Lunatic asylums Central Provinces reports 1895-1909 - 1895-1909
Year: 1895
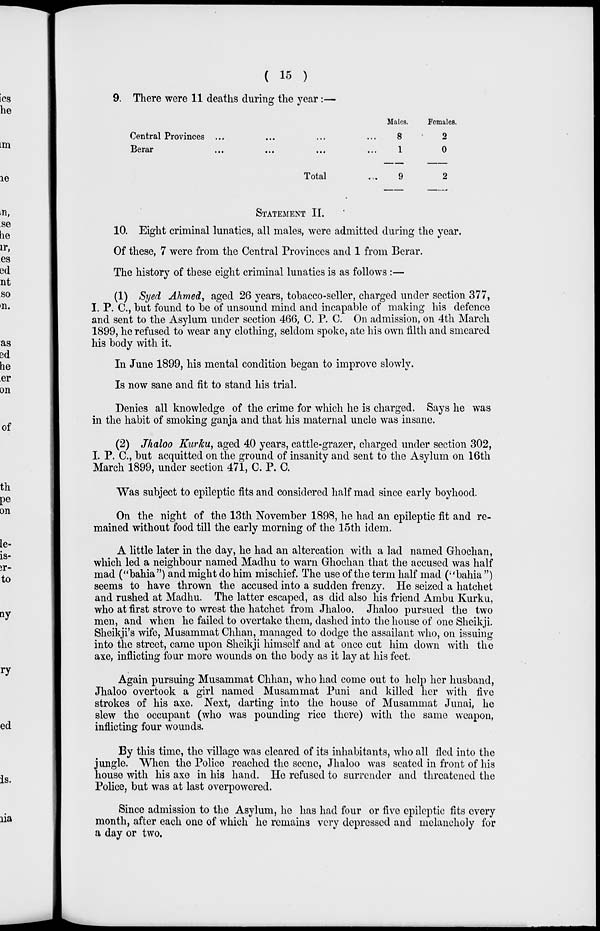
( 15 )
9. There were 11 deaths during the year:—
Central Provinces ... ... ... ...
Berar ... ... ... ...
Total ...
Males.
8
1
9
Females.
2
0
2
STATEMENT II.
10. Eight criminal lunatics, all males, were admitted during the year.
Of these, 7 were from the Central Provinces and 1 from Berar.
The history of these eight criminal lunatics is as follows :—
(1) Syed Ahmed, aged 26 years, tobacco-seller, charged under section 377,
I. P. C., but found to be of unsound mind and incapable of making his defence
and sent to the Asylum under section 466, C. P. C. On admission, on 4th March
1899, he refused to wear any clothing, seldom spoke, ate his own filth and smeared
his body with it.
In June 1899, his mental condition began to improve slowly.
Is now sane and fit to stand his trial.
Denies all knowledge of the crime for which he is charged. Says he was
in the habit of smoking ganja and that his maternal uncle was insane.
(2) Jhaloo Kurku, aged 40 years, cattle-grazer, charged under section 302,
I. P. C., but acquitted on the ground of insanity and sent to the Asylum on 16th
March 1899, under section 471, C. P. C.
Was subject to epileptic fits and considered half mad since early boyhood.
On the night of the 13th November 1898, he had an epileptic fit and re-
mained without food till the early morning of the 15th idem.
A little later in the day, he had an altercation with a lad named Ghochan,
which led a neighbour named Madhu to warn Ghochan that the accused was half
mad ("bahia ") and might do him mischief. The use of the term half mad ("bahia ")
seems to have thrown the accused into a sudden frenzy. He seized a hatchet
and rushed at Madhu. The latter escaped, as did also his friend Ambu Kurku,
who at first strove to wrest the hatchet from Jhaloo. Jhaloo pursued the two
men, and when he failed to overtake them, dashed into the house of one Sheikji.
Sheikji's wife, Musammat Chhan, managed to dodge the assailant who, on issuing
into the street, came upon Sheikji himself and at once cut him down with the
axe, inflicting four more wounds on the body as it lay at his feet.
Again pursuing Musammat Chhan, who had come out to help her husband,
Jhaloo overtook a girl named Musammat Puni and killed her with five
strokes of his axe. Next, darting into the house of Musammat Junai, he
slew the occupant (who was pounding rice there) with the same weapon,
inflicting four wounds.
By this time, the village was cleared of its inhabitants, who all fled into the
jungle. When the Police reached the scene, Jhaloo was seated in front of his
house with his axe in his hand. Ho refused to surrender and threatened the
Police, but was at last overpowered.
Since admission to the Asylum, he has had four or five epileptic fits every
month, after each one of which he remains very depressed and melancholy for
a day or two.